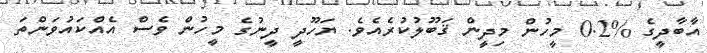
އާބާދީގެ %0.2 މީހުން މިދީން ޤަބޫލުކުރެއެވެ. ޔަހޫދީ ދީނުގެ މީހުން ވެސް އެއްކައުވަންތަ